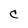
Character: C